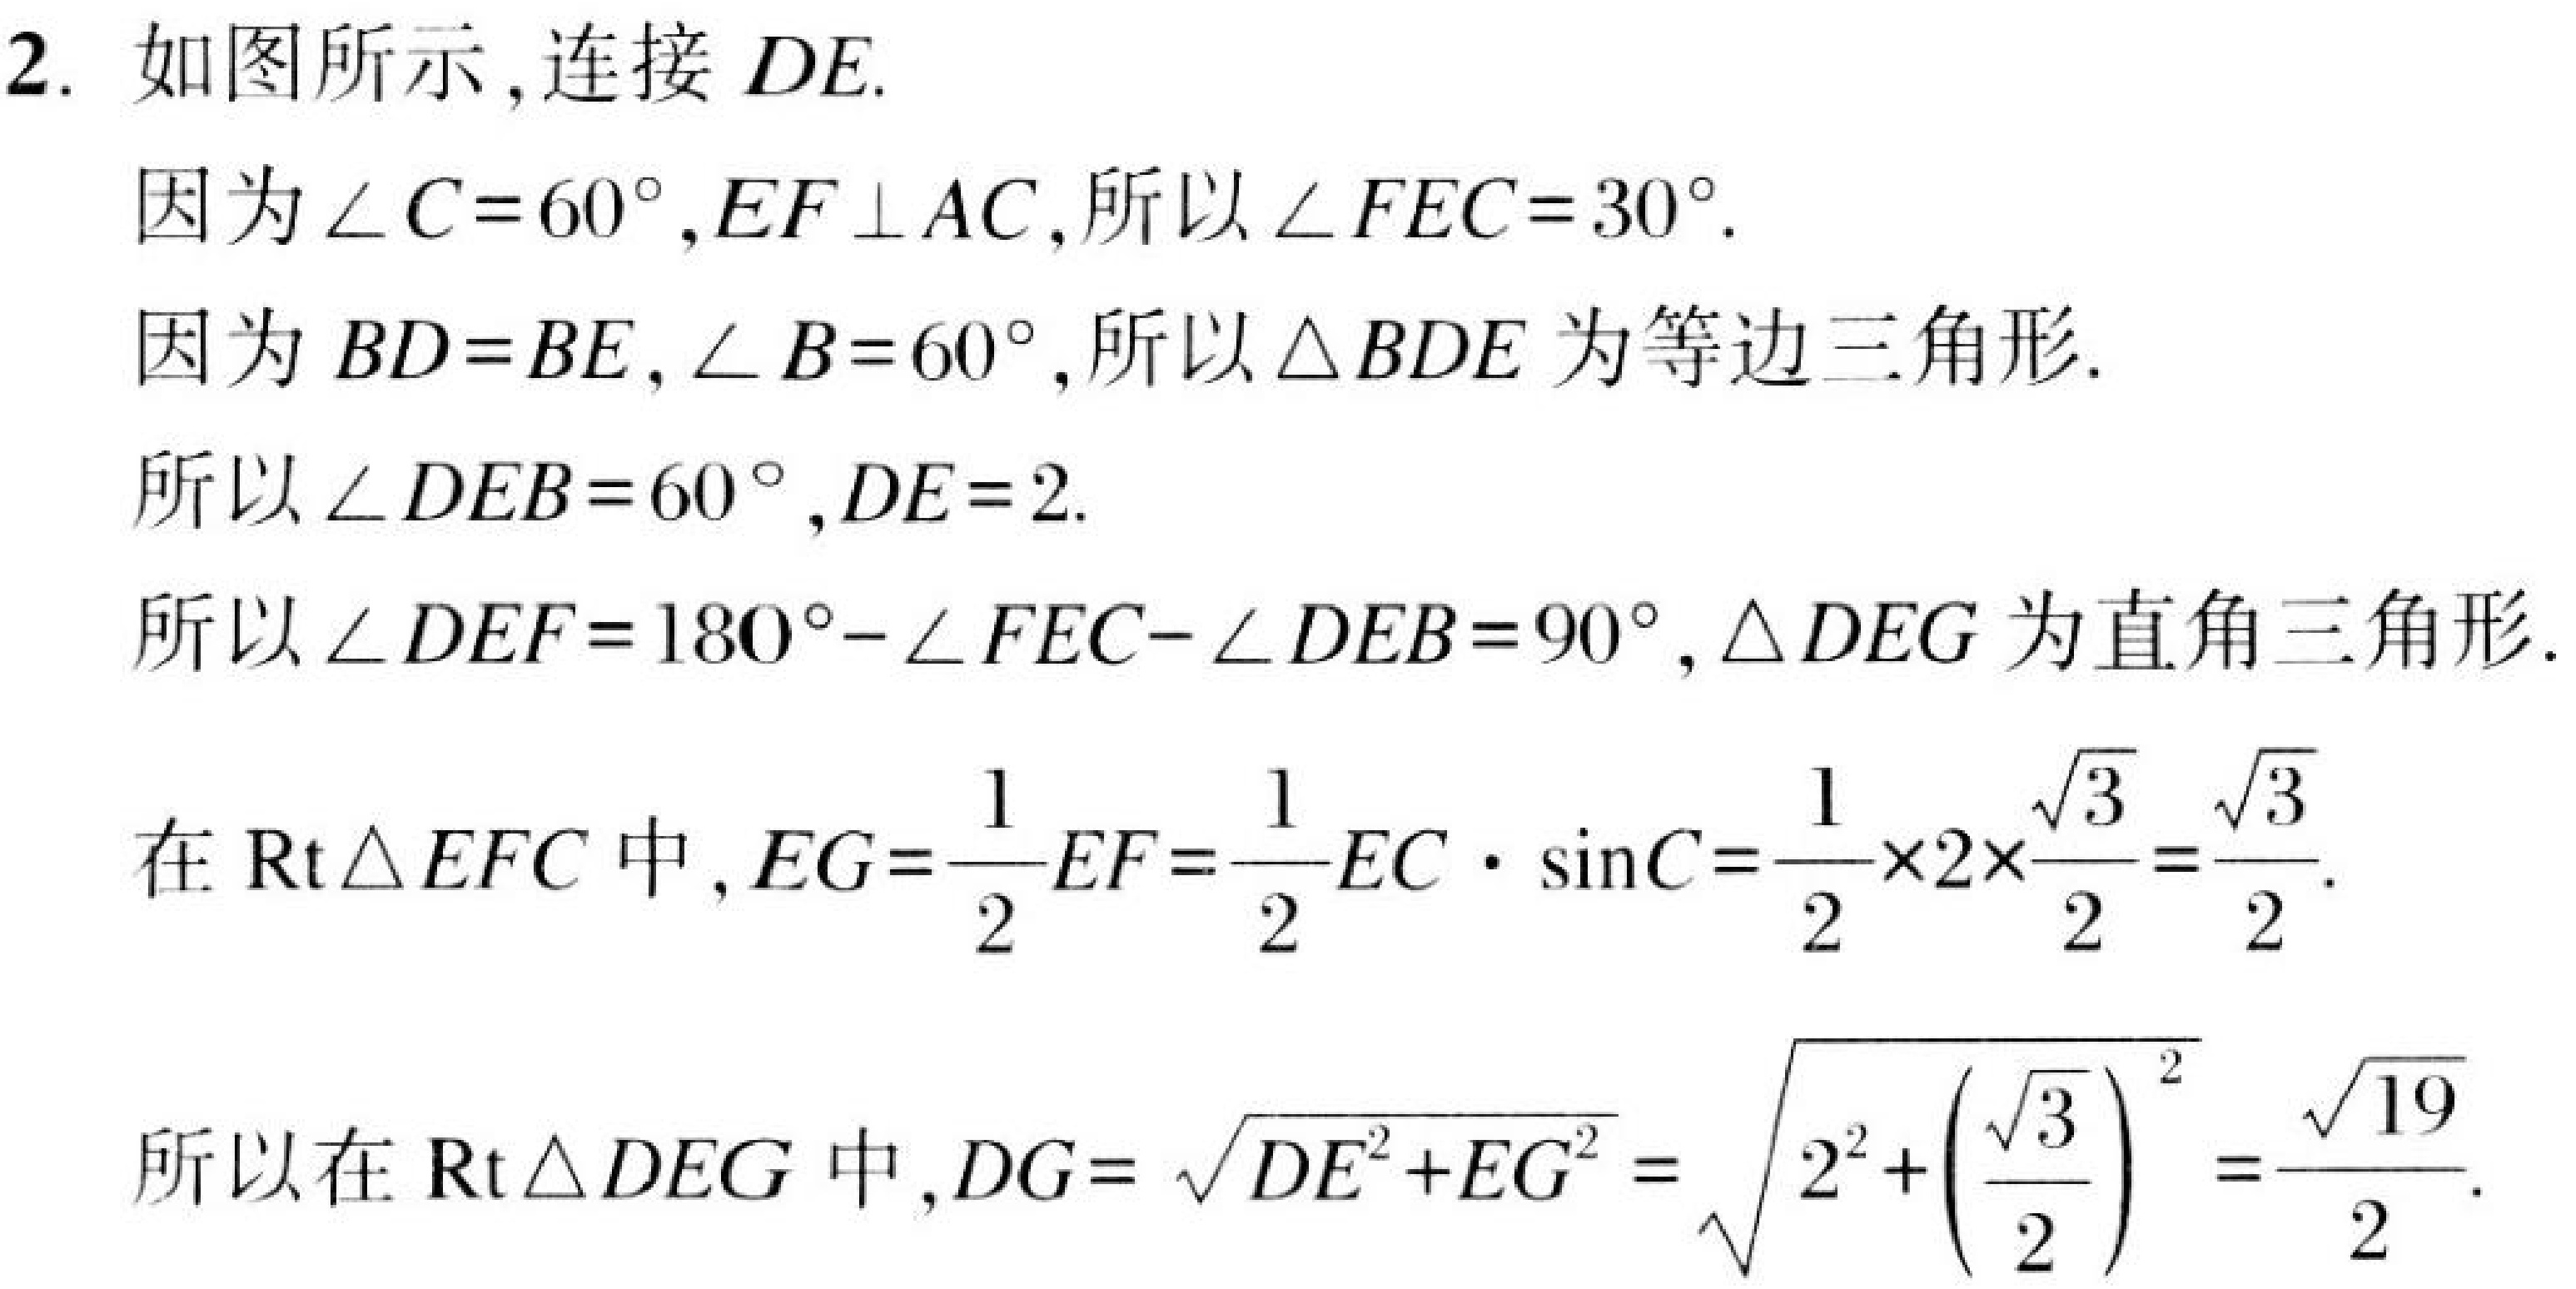
2. 如图所示,连接 \(DE\).
因为\(\angle C = 60^{\circ},EF\perp AC\),所以\(\angle FEC = 30^{\circ}\).
因为\(BD = BE,\angle B = 60^{\circ}\),所以\(\triangle BDE\)为等边三角形.
所以\(\angle DEB = 60^{\circ},DE = 2\).
所以\(\angle DEF=180^{\circ}-\angle FEC - \angle DEB = 90^{\circ},\triangle DEG\)为直角三角形.
在\(\text{Rt}\triangle EFC\)中,\(EG=\frac{1}{2}EF=\frac{1}{2}EC\cdot\sin C=\frac{1}{2}\times2\times\frac{\sqrt{3}}{2}=\frac{\sqrt{3}}{2}\).
所以在\(\text{Rt}\triangle DEG\)中,\(DG = \sqrt{DE^{2}+EG^{2}}=\sqrt{2^{2}+\left(\frac{\sqrt{3}}{2}\right)^{2}}=\frac{\sqrt{19}}{2}\).